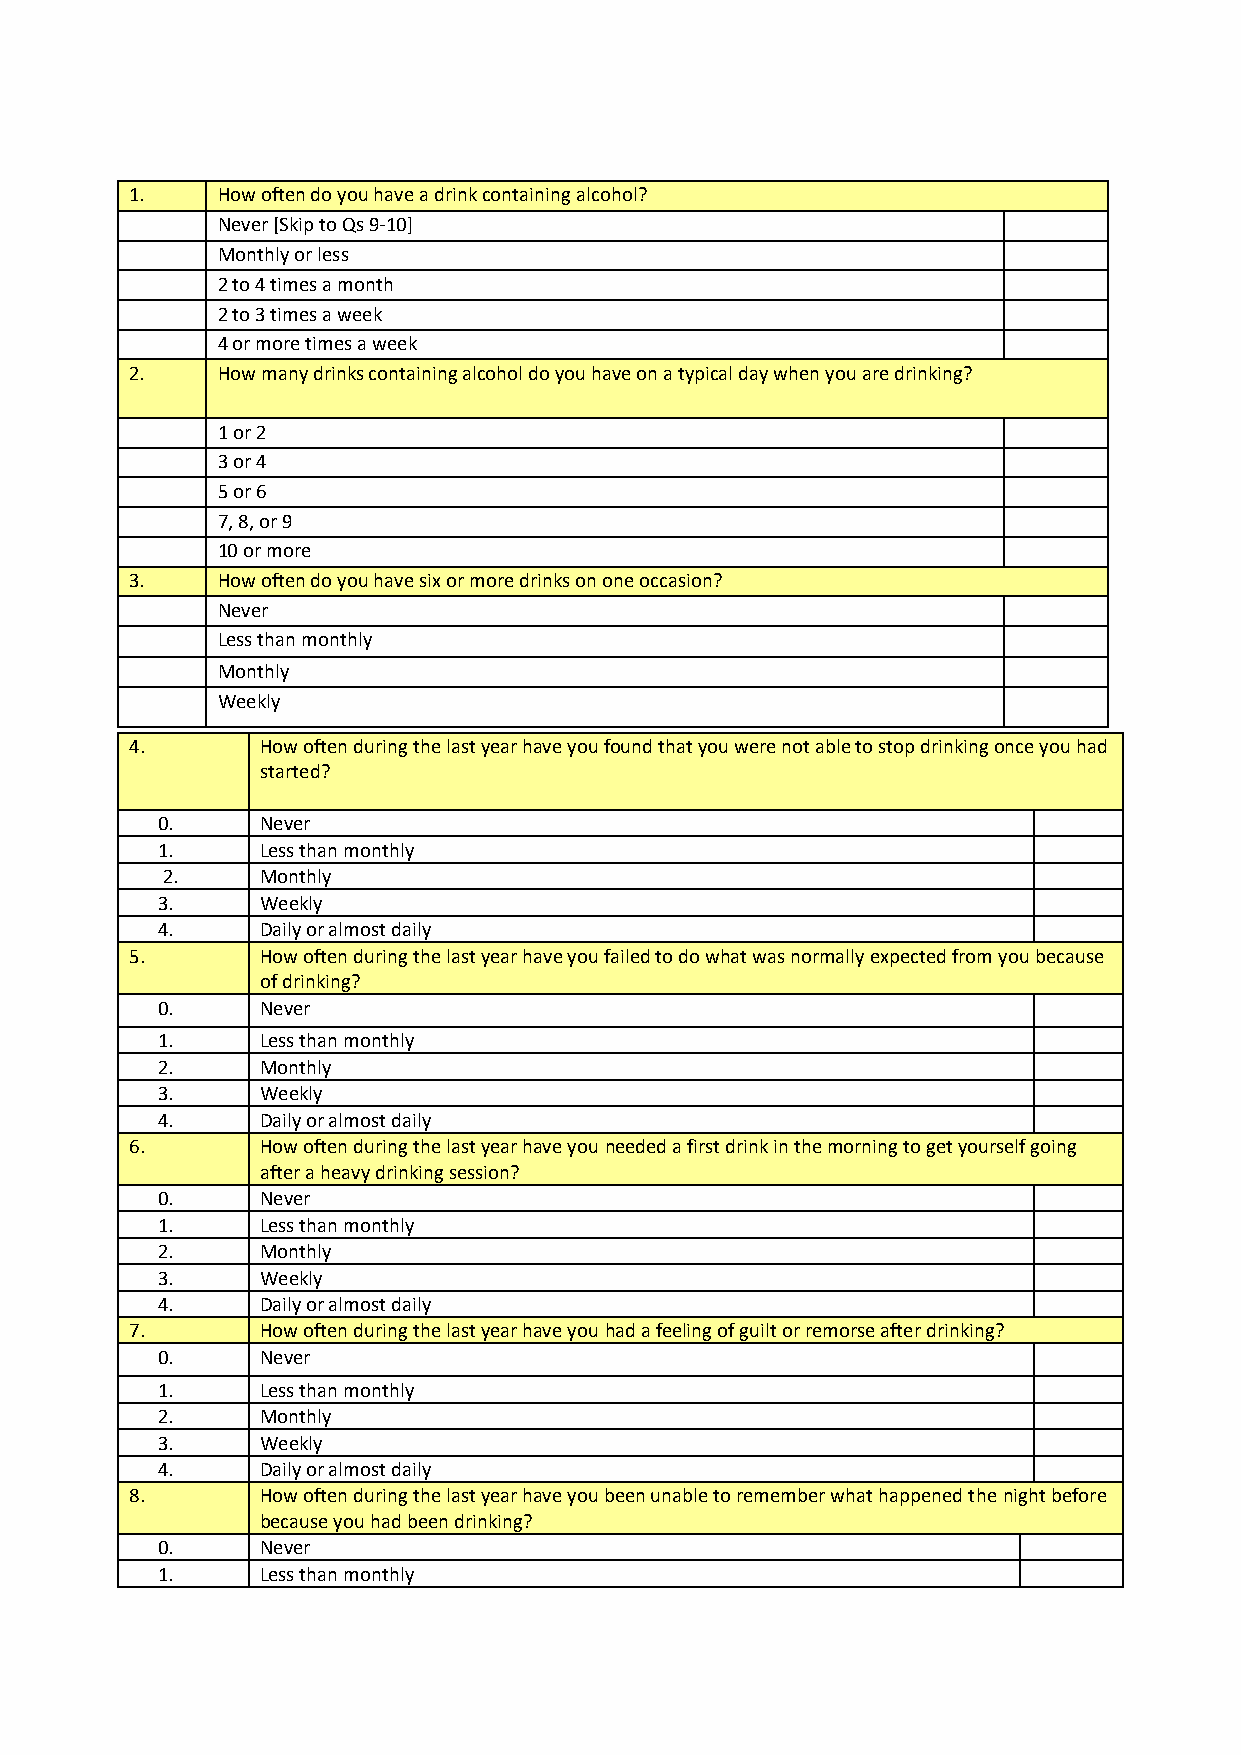
1.   How often do you have a drink containing alcohol?
 Never [Skip to Qs 9-10]
 Monthly or less
 2 to 4 times a month
 2 to 3 times a week
 4 or more times a week
 2.   How many drinks containing alcohol do you have on a typical day when you are drinking?
 1 or 2
 3 or 4
 5 or 6
 7, 8, or 9
 10 or more
 3.   How often do you have six or more drinks on one occasion?
 Never
 Less than monthly
 Monthly
 Weekly
 4.      How often during the last year have you found that you were not able to stop drinking once you had
 started?
 0.     Never
 1.     Less than monthly
 2.    Monthly
 3.     Weekly
 4.     Daily or almost daily
 5.      How often during the last year have you failed to do what was normally expected from you because
 of drinking?
 0.     Never
 1.     Less than monthly
 2.     Monthly
 3.     Weekly
 4.     Daily or almost daily
 6.      How often during the last year have you needed a first drink in the morning to get yourself going
 after a heavy drinking session?
 0.     Never
 1.     Less than monthly
 2.     Monthly
 3.     Weekly
 4.     Daily or almost daily
 7.      How often during the last year have you had a feeling of guilt or remorse after drinking?
 0.     Never
 1.     Less than monthly
 2.     Monthly
 3.     Weekly
 4.     Daily or almost daily
 8.      How often during the last year have you been unable to remember what happened the night before
 because you had been drinking?
 0.     Never
 1.     Less than monthly